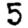
Digit: 5